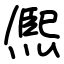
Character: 熈